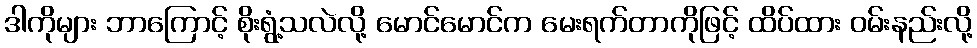
ဒါကိုများ ဘာကြောင့် စိုးရွံ့သလဲလို့ မောင်မောင်က မေးရက်တာကိုဖြင့် ထိပ်ထား ဝမ်းနည်းလို့